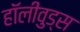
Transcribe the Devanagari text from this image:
हॉलीवुड्स